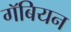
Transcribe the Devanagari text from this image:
गॅबियन